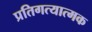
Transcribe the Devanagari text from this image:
प्रतिगत्यात्मक